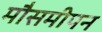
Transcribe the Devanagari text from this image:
मौसमीपन